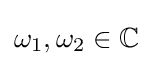
\omega _{1},\omega _{2}\in \mathbb {C}